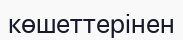
көшеттерінен